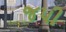
જપી